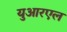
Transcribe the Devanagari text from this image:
युआरएल